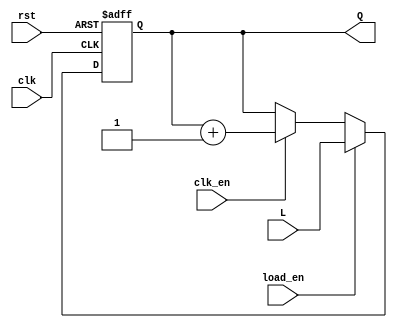
//Lab8_Ej1
module Contador (
	input wire clk,    // Clock
	input wire clk_en, // Clock Enable
	input wire rst,
	input wire load_en,
	input wire  [11:0] L,
	output reg	[11:0] Q
);
	always @ (posedge clk or posedge rst) begin
		if (rst) begin
		Q <= 12'b0;
		end
		else if(load_en) begin
		Q <= L;
		end
		else if(clk_en) begin
		Q <= Q + 1;
		end
	end

endmodule